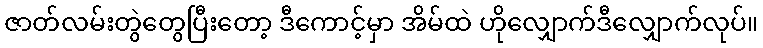
ဇာတ်လမ်းတွဲတွေပြီးတော့ ဒီကောင့်မှာ အိမ်ထဲ ဟိုလျှောက်ဒီလျှောက်လုပ်။